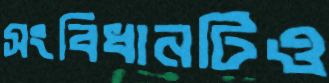
সংবিধানটিও